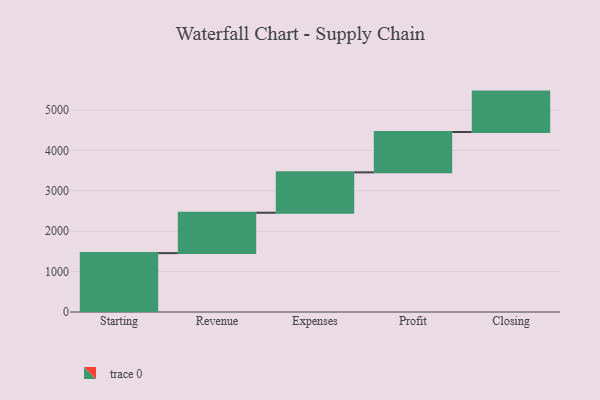
{"axis": {"x": "Step", "y": "Value"}, "legend": [""], "data": [{"x": "Starting", "y": 1458.0, "type": ""}, {"x": "Revenue", "y": 1000, "type": ""}, {"x": "Expenses", "y": 1000, "type": ""}, {"x": "Profit", "y": 1000, "type": ""}, {"x": "Closing", "y": 1000, "type": ""}]}